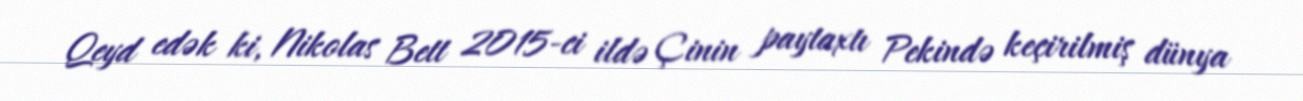
Qeyd edək ki, Nikolas Bett 2015-ci ildə Çinin paytaxtı Pekində keçirilmiş dünya